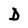
Character: D